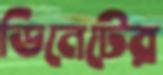
ডিনেটের